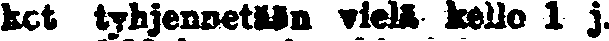
kot tyhjennetään vielä kello 1 j.